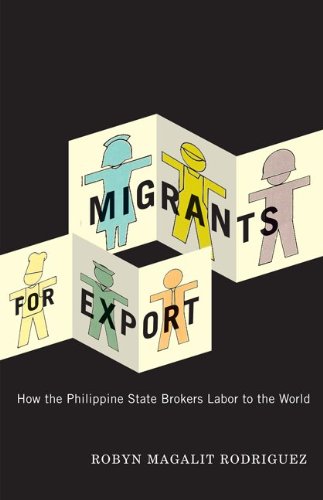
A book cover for Migrants for Export: How the Philippine State Brokers Labor to the World; Robyn Magalit Rodriguez; History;